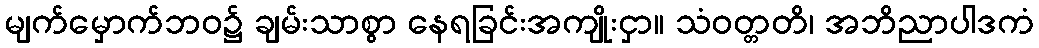
မျက်မှောက်ဘဝ၌ ချမ်းသာစွာ နေရခြင်းအကျိုးငှာ။ သံဝတ္တတိ၊ အဘိညာပါဒကံ